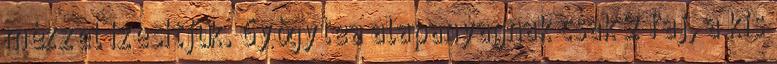
mézzel ízesítjük. Gyógytea alapanyagnak csak 2 faj, a kis